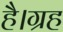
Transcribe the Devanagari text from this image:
है।ग्रह